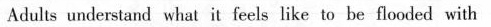
Adults understand what it feels like to be flooded with